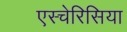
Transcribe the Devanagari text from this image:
एस्चेरिसिया